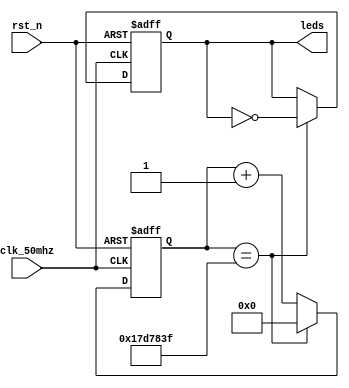
/**
* @brief:
* LED500ms
* FPGA-AC62050MHz
* always
*
* 50MHz = 20ns
* 500ms =  500_000_000ns / 20ns = 25_000_000
* 2^24 < 25_000_000 < 2^25
*
* @resources:
* clk_50mhz -> PIN_E1
* rst_n -> PIN_E16
* leds[0] -> PIN_A2
* leds[1] -> PIN_B3
* leds[2] -> PIN_A4
* leds[3] -> PIN_A3
*
* IO Standard: 3.3-V LVTTL
* LED
*/
module led_flash(
	input wire clk_50mhz,
	input wire rst_n,
	output reg [3:0] leds
);

parameter CNT_500MS = 24_999_999;

// 
reg [24:0] cnt;
always @(posedge clk_50mhz or negedge rst_n)
	if (rst_n == 1'b0)
		cnt <= 25'd0;
	else if (cnt == CNT_500MS)
		cnt <= 25'd0;
	else
		cnt <= cnt + 1'b1;

// LEDs
always @(posedge clk_50mhz or negedge rst_n)
	if (rst_n == 1'b0)
		leds <= 4'b1111;
	else if (cnt == CNT_500MS)
		leds <= ~leds;
	else
		leds <= leds;

endmodule